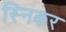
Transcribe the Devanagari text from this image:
स्निकर